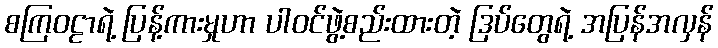
စကြဝဠာရဲ့ ပြန့်ကားမှုဟာ ပါဝင်ဖွဲ့စည်းထားတဲ့ ဒြပ်တွေရဲ့ အပြန်အလှန်